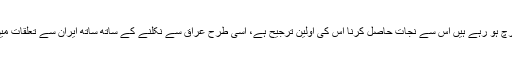
افغانستان پر امریکہ کے جو اربوں ڈالر خرچ ہو رہے ہیں اس سے نجات حاصل کرنا اس کی اوّلین ترجیح ہے، اسی طرح عراق سے نکلنے کے ساتھ ساتھ ایران سے تعلقات میں بہتری بھی اس کی پالیسی کا حصہ ہے۔